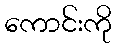
ကောင်းကို